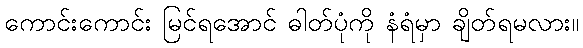
ကောင်းကောင်း မြင်ရအောင် ဓါတ်ပုံကို နံရံမှာ ချိတ်ရမလား။